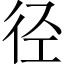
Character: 径